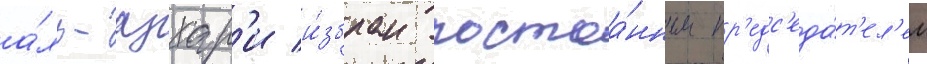
а́ль-азхар'и и́збран постоа́нным пр'едс'еда́т'ел'ем